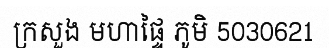
ក្រសួង មហាផ្ទៃ ភូមិ 5030621